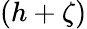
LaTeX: (h+\zeta)